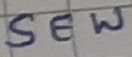
Text: SEW